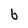
Character: b